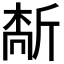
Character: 𫿻